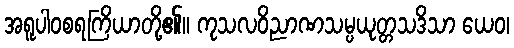
အရူပါဝစရကြိယာတို့၏။ ကုသလဝိညာဏသမ္ပယုတ္တသဒိသာ ယေဝ၊